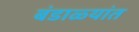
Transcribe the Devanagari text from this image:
बंडाळ्यांत